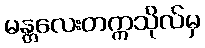
မန္တလေးတက္ကသိုလ်မှ